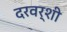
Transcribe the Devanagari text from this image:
दरवर्शी